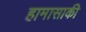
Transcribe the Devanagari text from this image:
हामासाकी